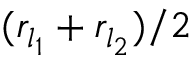
( r _ { l _ { 1 } } + r _ { l _ { 2 } } ) / 2